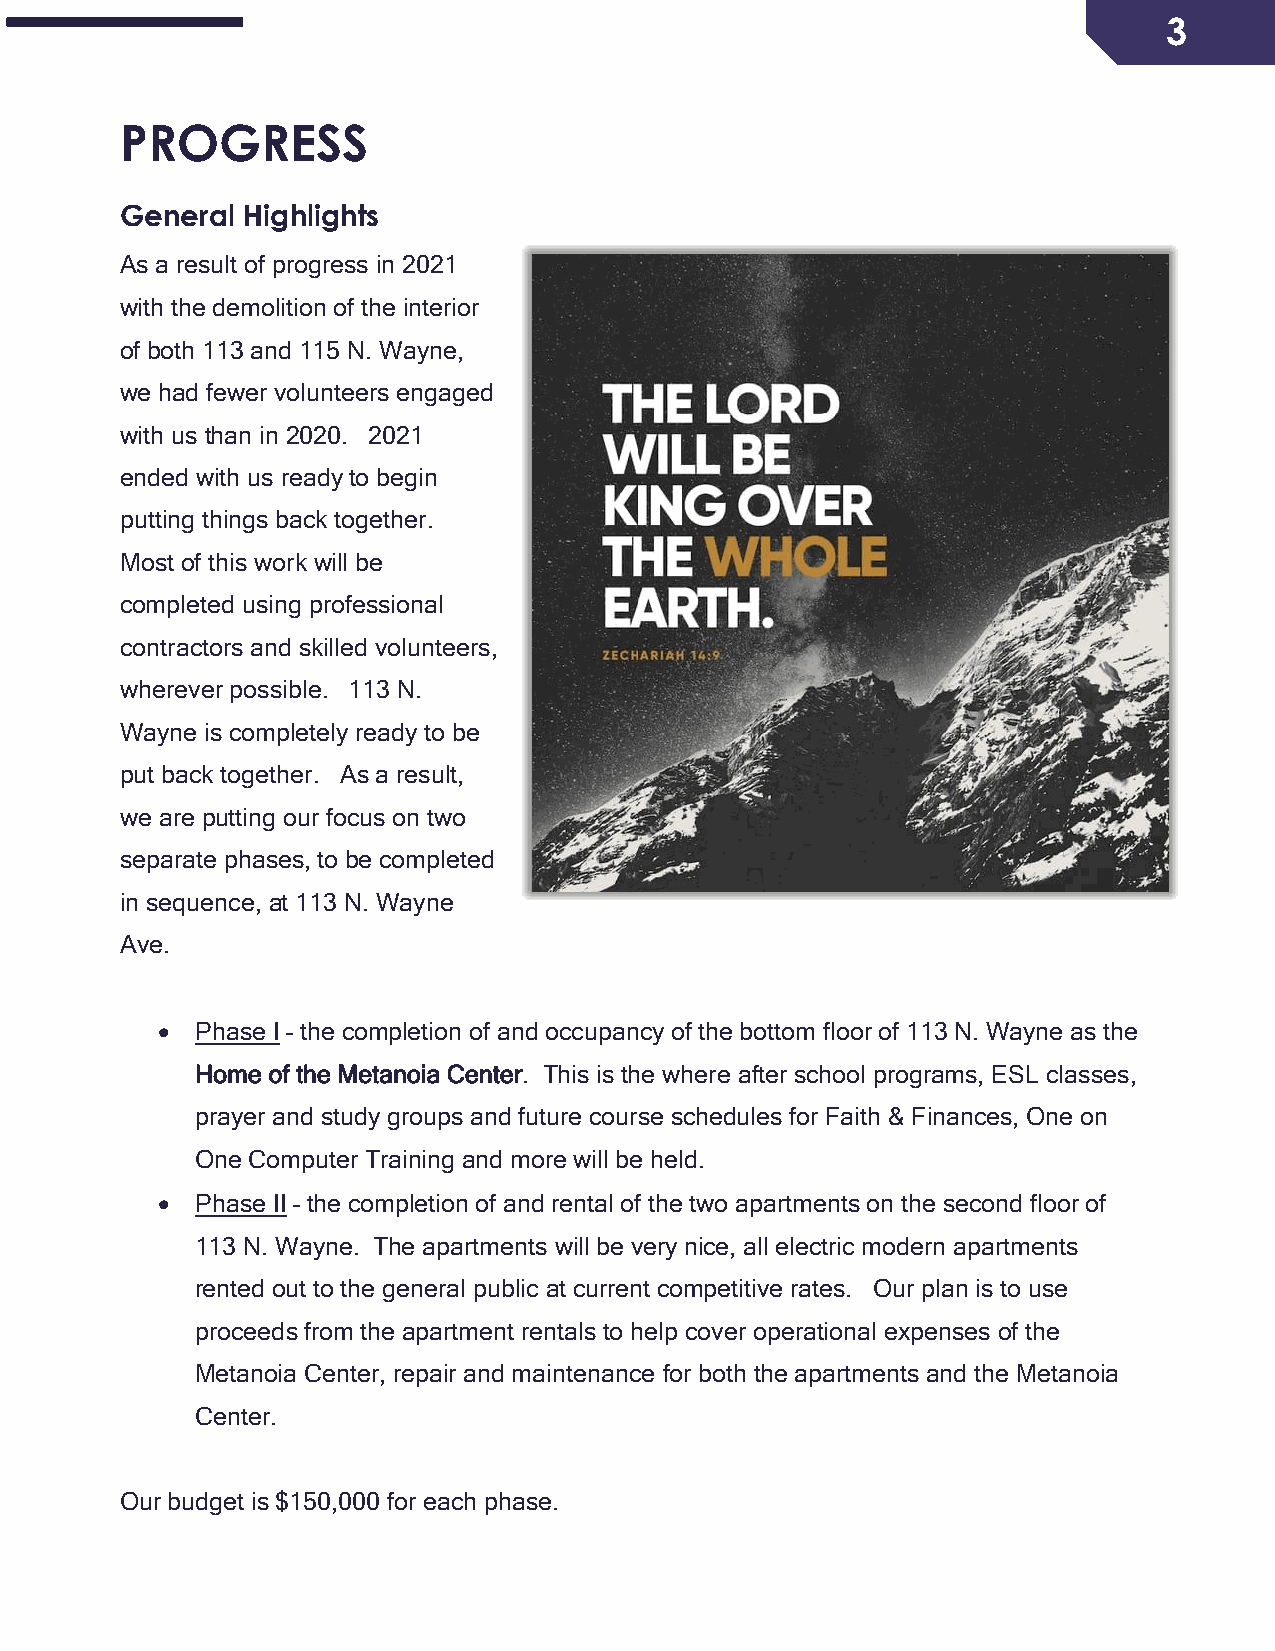
3
 PROGRESS
 General Highlights
 As a result of progress in 2021
 with the demolition of the interior
 of both 113 and 115 N. Wayne,
 we had fewer volunteers engaged
 with us than in 2020. 2021
 ended with us ready to begin
 putting things back together.
 Most of this work will be
 completed using professional
 contractors and skilled volunteers,
 wherever possible. 113 N.
 Wayne is completely ready to be
 put back together. As a result,
 we are putting our focus on two
 separate phases, to be completed
 in sequence, at 113 N. Wayne
 Ave.
 •  Phase I – the completion of and occupancy of the bottom floor of 113 N. Wayne as the
 Home of the Metanoia Center. This is the where after school programs, ESL classes,
 prayer and study groups and future course schedules for Faith & Finances, One on
 One Computer Training and more will be held.
 •  Phase II – the completion of and rental of the two apartments on the second floor of
 113 N. Wayne. The apartments will be very nice, all electric modern apartments
 rented out to the general public at current competitive rates. Our plan is to use
 proceeds from the apartment rentals to help cover operational expenses of the
 Metanoia Center, repair and maintenance for both the apartments and the Metanoia
 Center.
 Our budget is $150,000 for each phase.